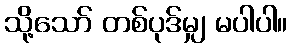
သို့သော် တစ်ပုဒ်မျှ မပါပါ။